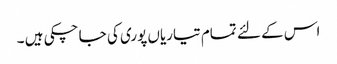
اس کے لئے تمام تیاریاں پوری کی جا چکی ہیں ۔